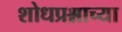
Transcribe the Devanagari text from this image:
शोधप्रश्नाच्या